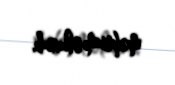
məhrum olunub.